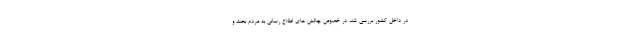
در داخل کشور بررسی شد، در خصوص چالش های اطلاع رسانی به مردم بحث و